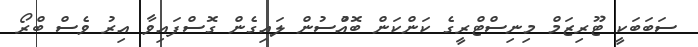
ސަަބަބަކީ ޓޫރިޒަމް މިނިސްޓްރީގެ ކަންކަން ބޮއްުސުން ލައިގެން ގޮސްފައިވާ އިރު ވެސް ބްރޯ